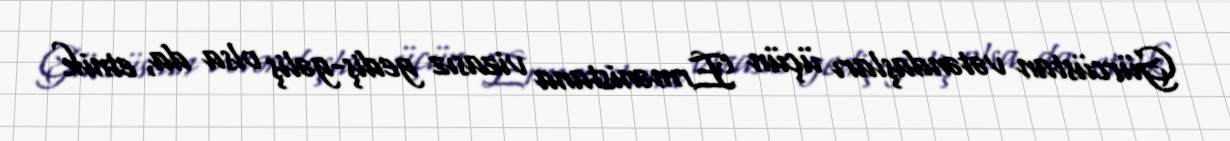
Gürcüstan vətəndaşları üçün Ermənistana vizasız gediş-gəliş olsa da, etnik